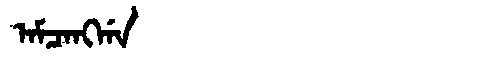
Manchu: ᠠᠮᠴᠠᠩᡤᠠ
Romanization: AMCANGGA